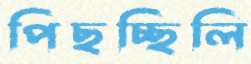
পিছচ্ছিলি